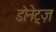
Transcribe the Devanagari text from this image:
डोनेट्ज़